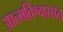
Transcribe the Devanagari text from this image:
आत्मविश्वासात